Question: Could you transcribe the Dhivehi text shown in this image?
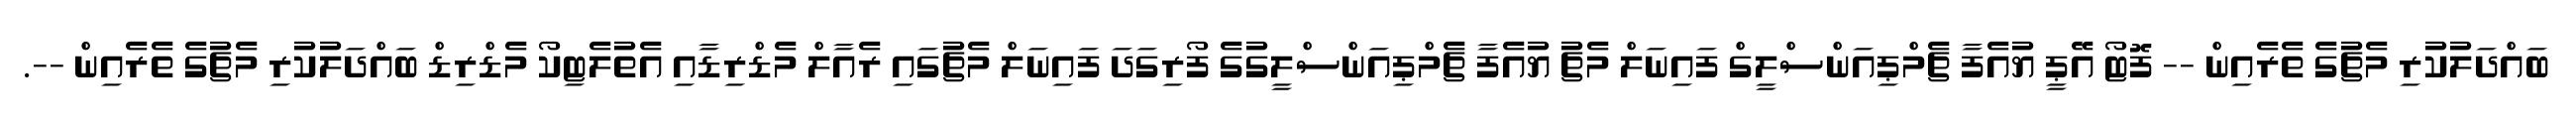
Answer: ބައްދަލުކުރި މެޗުގެ ތެރެއިން -- ފޮޓޯ އޭޕީ ޔުއެފާ ޗެމްޕިއަންސްލީގް ފައިނަލް މެޗު ޔުއެފާ ޗެމްޕިއަންސްލީގުގެ ފޯރިގަދަ ފައިނަލް މެޗުގައި ރެއާލް މެޑްރިޑާއި އެތުލެޓިކޯ މެޑްރިޑް ބައްދަލުކުރި މެޗުގެ ތެރެއިން --.